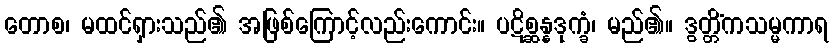
တောစ၊ မထင်ရှားသည်၏ အဖြစ်ကြောင့်လည်းကောင်း။ ပဋိစ္ဆန္နဒုက္ခံ၊ မည်၏။ ဒွတ္တိံကသမ္မကာရ